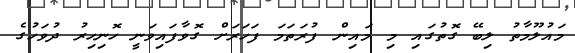
މައުލޫމާތު ލިބޭ ގޮތުގައި މި މައިން ފުރަތަމަ ފަހަރަށް ގޮވާފައިވަނީ ހޮނިހިރު ދުވަހުގެ